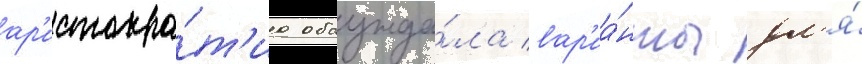
ар'истокра́т'иа обсужда́ла вар'иа́нты дл'я́